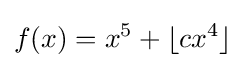
f(x)=x^{5}+\lfloor cx^{4}\rfloor